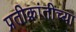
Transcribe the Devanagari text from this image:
प्रतीक्रांतीच्या